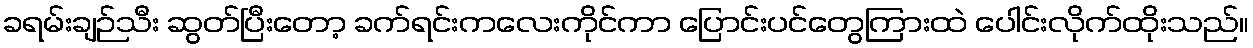
ခရမ်းချဉ်သီး ဆွတ်ပြီးတော့ ခက်ရင်းကလေးကိုင်ကာ ပြောင်းပင်တွေကြားထဲ ပေါင်းလိုက်ထိုးသည်။